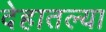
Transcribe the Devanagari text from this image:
देहातल्या